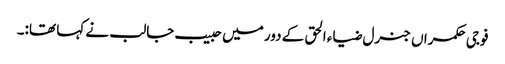
فوجی حکمراں جنرل ضیاء الحق کے دور میں حبیب جالب نے کہا تھا:۔